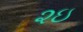
૨ઇ